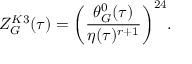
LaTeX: Z _ { \cal G } ^ { K 3 } ( \tau ) = \biggl ( \frac { \theta _ { \cal G } ^ { 0 } ( \tau ) } { \eta ( \tau ) ^ { r + 1 } } \biggr ) ^ { 2 4 } .